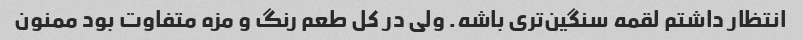
انتظار داشتم لقمه سنگین‌تری باشه. ولی در کل طعم رنگ و مزه متفاوت بود ممنون